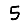
Digit: 5